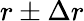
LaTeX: r\pm\Delta r